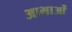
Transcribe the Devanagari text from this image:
आभाओं